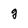
Character: g